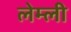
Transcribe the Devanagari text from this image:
लेम्ली